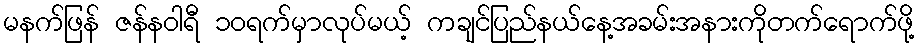
မနက်ဖြန် ဇန်နဝါရီ ၁၀ရက်မှာလုပ်မယ့် ကချင်ပြည်နယ်နေ့အခမ်းအနားကိုတက်ရောက်ဖို့